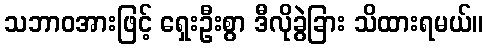
သဘာဝအားဖြင့် ရှေးဦးစွာ ဒီလိုခွဲခြား သိထားရမယ်။